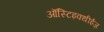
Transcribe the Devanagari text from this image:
ऑस्टिइक्थीईज़